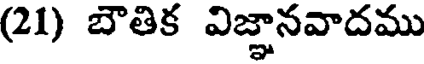
(21) బౌతిక విజ్ఞానవాదము